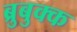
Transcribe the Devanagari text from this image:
ब्रुबुक्क